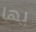
بها